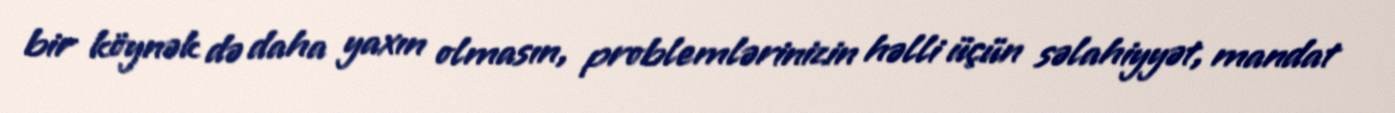
bir köynək də daha yaxın olmasın, problemlərinizin həlli üçün səlahiyyət, mandat